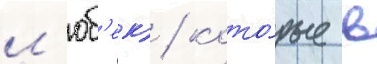
л'юб'ек) / кото́рые в